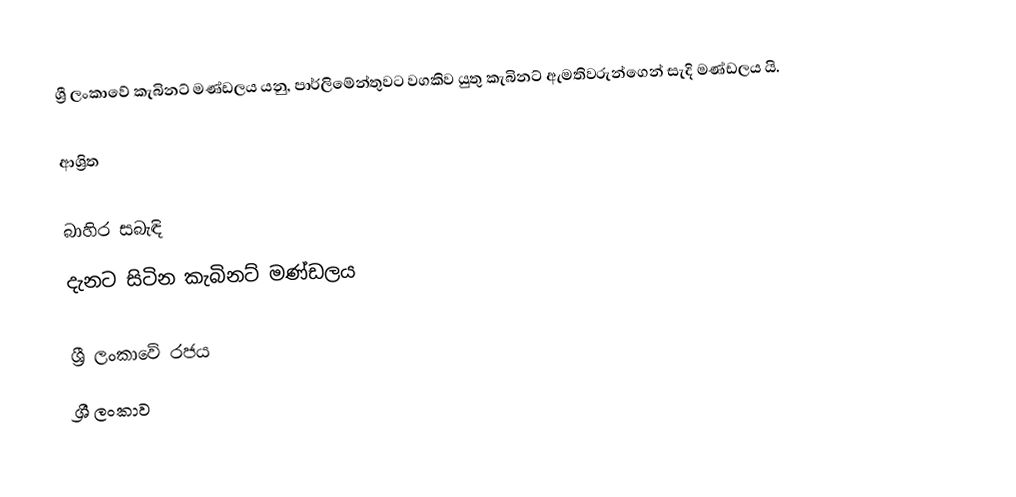
ශ්‍රී ලංකාවේ කැබිනට් මණ්ඩලය යනු, පාර්ලිමේන්තුවට වගකිව යුතු කැබිනට් ඇමතිවරුන්ගෙන් සැදි මණ්ඩලය යි.

ආශ්‍රිත

බාහිර  සබැඳි
 දැනට සිටින කැබිනට් මණ්ඩලය

ශ්‍රී ලංකාවේ රජය
ශ්‍රී ලංකාව